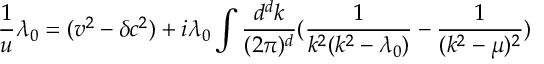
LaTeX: \frac { 1 } { u } \lambda _ { 0 } = ( v ^ { 2 } - \delta c ^ { 2 } ) + i \lambda _ { 0 } \int \frac { d ^ { d } k } { ( 2 \pi ) ^ { d } } ( \frac { 1 } { k ^ { 2 } ( k ^ { 2 } - \lambda _ { 0 } ) } - \frac { 1 } { ( k ^ { 2 } - \mu ) ^ { 2 } } )